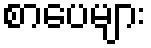
စာပေများ